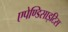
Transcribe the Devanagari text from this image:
एपेण्डिसाइटिस